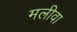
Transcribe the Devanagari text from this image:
मलीवा